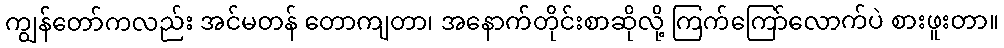
ကျွန်တော်ကလည်း အင်မတန် တောကျတာ၊ အနောက်တိုင်းစာဆိုလို့ ကြက်ကြော်လောက်ပဲ စားဖူးတာ။